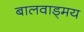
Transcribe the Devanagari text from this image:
बालवाड्मय